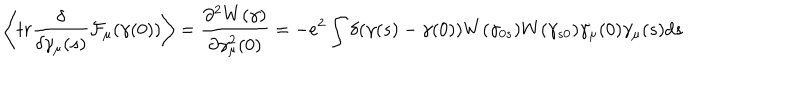
LaTeX: \left< t r \frac { \delta } { \delta \gamma _ { \mu } ( s ) } { \cal { F } } _ { \mu } ( \gamma ( 0 ) ) \right> = \frac { \partial ^ { 2 } W ( \gamma ) } { \partial \gamma _ { \mu } ^ { 2 } ( 0 ) } = - e ^ { 2 } \int \delta ( \gamma ( s ) - \gamma ( 0 ) ) W ( \gamma _ { 0 s } ) W ( \gamma _ { s 0 } ) \dot { \gamma _ { \mu } } ( 0 ) \dot { \gamma _ { \mu } } ( s ) d s